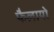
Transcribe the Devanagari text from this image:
फैलायो